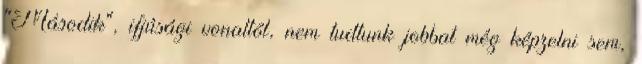
"Második", ifjúsági vonaltól, nem tudtunk jobbat még képzelni sem,